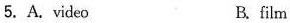
5. A. video B. film